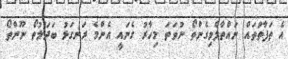
އެ ތަފާތުތައް ނައްތާލެވިގެންތޯ ނުވަތަ މިހާރު ގެނައީ އެންމެ ރަނގަޅު ބަދަލުތޯ ނޫންތޯ